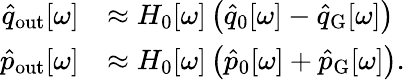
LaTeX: \begin{array}{rl}{\hat{q}_{\mathrm{out}}[\omega]}&{\approx H_{0}[\omega]\left(\hat{q}_{0}[\omega]-\hat{q}_{\mathrm{G}}[\omega]\right)}\\ {\hat{p}_{\mathrm{out}}[\omega]}&{\approx H_{0}[\omega]\left(\hat{p}_{0}[\omega]+\hat{p}_{\mathrm{G}}[\omega]\right).}\end{array}